Annual administration report of the Civil Veterinary Department of India - 1907-1908
Year: 1907
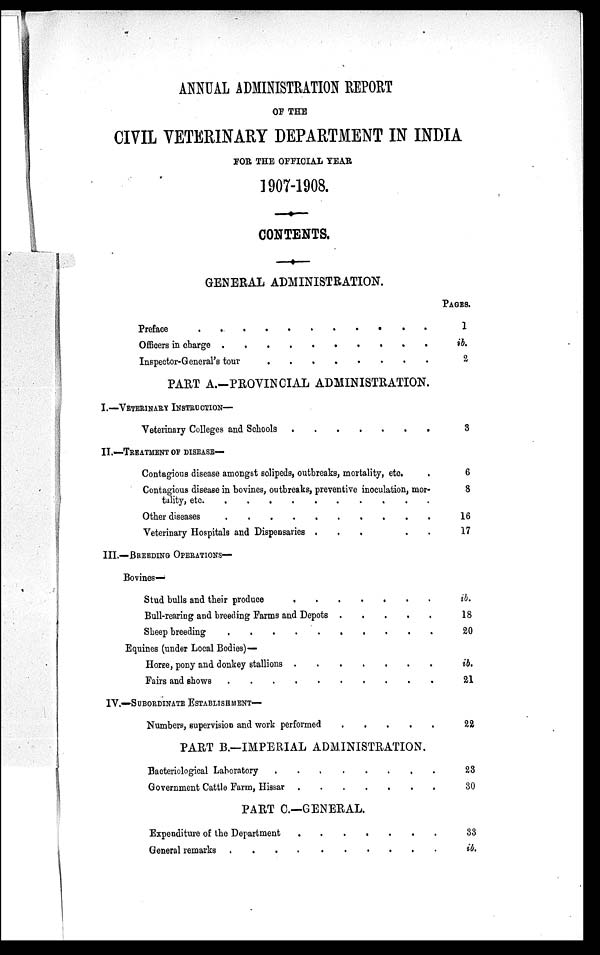
ANNUAL ADMINISTRATION REPORT
OF THE
CIVIL VETERINARY DEPARTMENT IN INDIA
FOR THE OFFICIAL YEAR
1907-1908.
CONTENTS.
GENERAL ADMINISTRATION.
Preface . . . . . . . . . . .
Officers in charge . . . . . . . . . . .
Inspector-General's tour .
PART A.-PROVINCIAL ADMINISTRATION.
I.—VETERINARY INSTRUCTION—
Veterinary Colleges and Schools . . . . . . . . . . .
II.—TREATMENT OF DISEASE—
Contagious disease amongst solipeds, outbreaks, mortality, etc.
Contagious disease in bovines, outbreaks, preventive inoculation, mor¬
tality, etc. . . . . . . . . . . .
Other diseases . . . . . . . . . . .
Veterinary Hospitals and Dispensaries .
.
.
.
.
III.—BREEDING OPERATIONS—
Bovines—
Stud bulls and their produce . . . . . . . . . . .
Bull-rearing and breeding Farms and Depots
Sheep breeding . . . . . . . . . . .
Equines (under Local Bodies)—
Horse, pony and donkey stallions
Fairs and shows . . . . . . . . . . .
IV.—SUBORDINATE
ESTABLISHMENT—
Numbers, supervision and work performed
PART B.—IMPERIAL ADMINISTRATION.
Bacteriological Laboratory . . . . . . . . . . .
Government Cattle Farm, Hissar . . . . . . . . . . .
PART C.—GENERAL.
Expenditure of the Department . . . . . . . . . . .
General remarks . . . . . . . . . . .
PAGES.
1
ib.
2
3
6
8
16
17
ib.
18
20
ib.
21
22
23
30
33
ib.